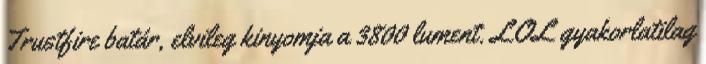
Trustfire batár, elvileg kinyomja a 3800 lument. LOL gyakorlatilag